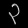
Digit: ၃